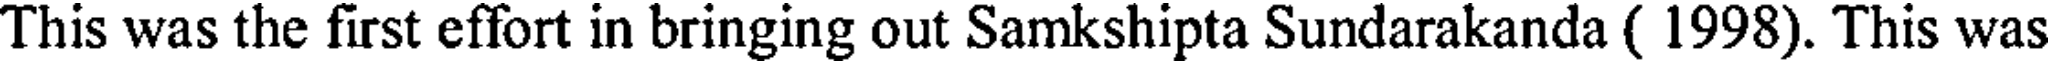
This was the first effort in bringing out Samkshipta Sundarakanda ( 1998). This was